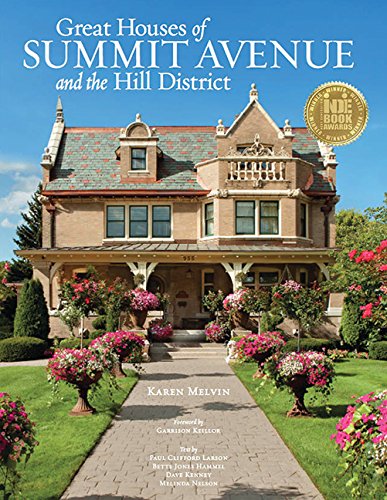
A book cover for Great Houses of Summit Avenue and the Hill District; Karen Melvin; Arts & Photography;